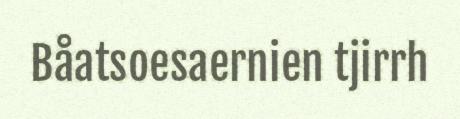
Båatsoesaernien tjirrh